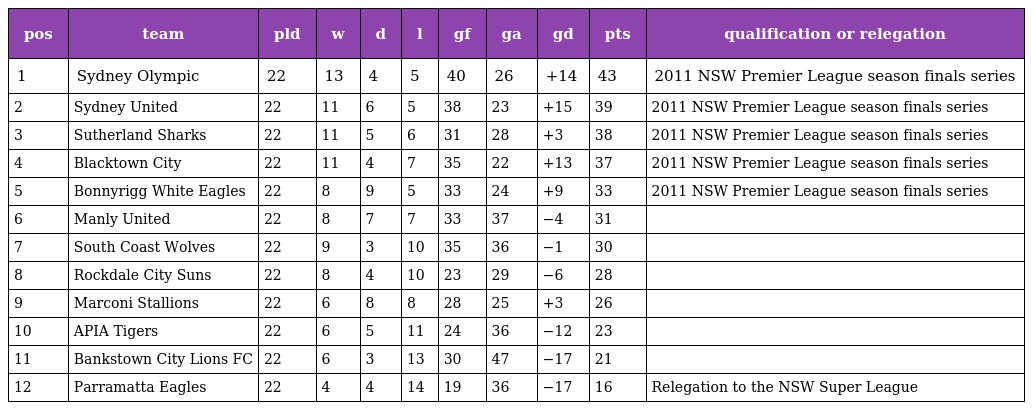
| pos | team | pld | w | d | l | gf | ga | gd | pts | qualification or relegation |
 | --- | --- | --- | --- | --- | --- | --- | --- | --- | --- | --- |
 | 1 | Sydney Olympic | 22 | 13 | 4 | 5 | 40 | 26 | +14 | 43 | 2011 NSW Premier League season finals series |
 | 2 | Sydney United | 22 | 11 | 6 | 5 | 38 | 23 | +15 | 39 | 2011 NSW Premier League season finals series |
 | 3 | Sutherland Sharks | 22 | 11 | 5 | 6 | 31 | 28 | +3 | 38 | 2011 NSW Premier League season finals series |
 | 4 | Blacktown City | 22 | 11 | 4 | 7 | 35 | 22 | +13 | 37 | 2011 NSW Premier League season finals series |
 | 5 | Bonnyrigg White Eagles | 22 | 8 | 9 | 5 | 33 | 24 | +9 | 33 | 2011 NSW Premier League season finals series |
 | 6 | Manly United | 22 | 8 | 7 | 7 | 33 | 37 | −4 | 31 |  |
 | 7 | South Coast Wolves | 22 | 9 | 3 | 10 | 35 | 36 | −1 | 30 |  |
 | 8 | Rockdale City Suns | 22 | 8 | 4 | 10 | 23 | 29 | −6 | 28 |  |
 | 9 | Marconi Stallions | 22 | 6 | 8 | 8 | 28 | 25 | +3 | 26 |  |
 | 10 | APIA Tigers | 22 | 6 | 5 | 11 | 24 | 36 | −12 | 23 |  |
 | 11 | Bankstown City Lions FC | 22 | 6 | 3 | 13 | 30 | 47 | −17 | 21 |  |
 | 12 | Parramatta Eagles | 22 | 4 | 4 | 14 | 19 | 36 | −17 | 16 | Relegation to the NSW Super League |